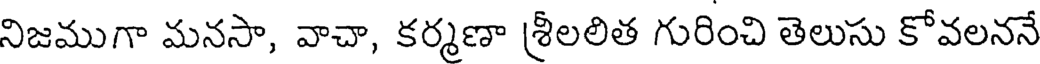
నిజముగా మనసా, వాచా, కర్మణా శ్రీలలిత గురించి తెలుసు కోవలననే